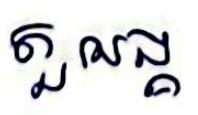
តួអង្គ